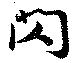
閃